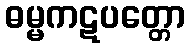
ဓမ္မကဋပတ္တော